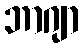
ဘာဂျာ